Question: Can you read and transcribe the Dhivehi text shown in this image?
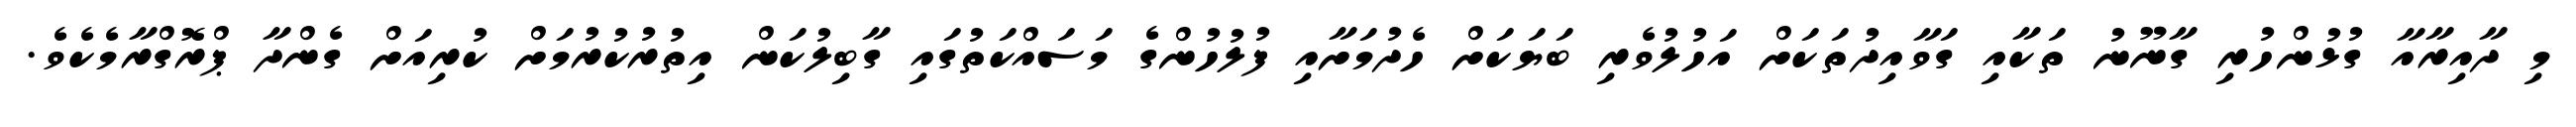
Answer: މި ދާއިރާއާ ގުޅުންހުރި ގާނޫނު ތަކާއި ގަވާއިދުތަކަށް އަހުލުވެރި ބަޔަކަށް ހެދުމަށާއި ފުލުހުންގެ މަސައްކަތުގައި ގާބިލުކަން އިތުރުކުރުމަށް ކުރިއަށް ގެންދާ ޕްރޮގްރާމެކެވެ.